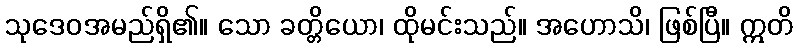
သုဒေဝအမည်ရှိ၏။ သော ခတ္တိယော၊ ထိုမင်းသည်။ အဟောသိ၊ ဖြစ်ပြီ။ ဣတိ